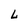
Character: L